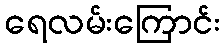
ရေလမ်းကြောင်း